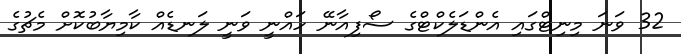
32 ވަނަ މިނިޓްގައި އެންޑަލެކްޓްގެ ސޯފިއާނޭ ހައްނީ ވަނީ ލަނޑެއް ކާމިޔާބުކޮށް މެޗުގެ